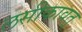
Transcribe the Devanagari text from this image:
लसीकावत्